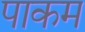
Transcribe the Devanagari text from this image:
पाकम